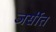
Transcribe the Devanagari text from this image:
जर्सीत